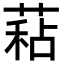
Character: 𦷙